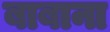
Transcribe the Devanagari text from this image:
बाबाना